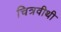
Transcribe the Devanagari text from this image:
चित्रवीथी